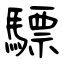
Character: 驃